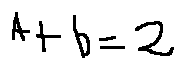
A + b = 2